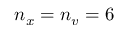
n _ { x } = n _ { v } = 6